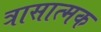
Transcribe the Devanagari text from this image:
त्रासात्मक